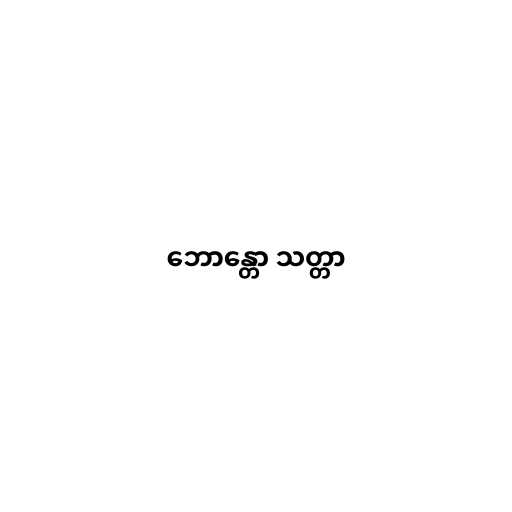
ဘောန္တော သတ္တာ